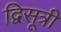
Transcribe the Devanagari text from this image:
द्विसूत्री